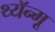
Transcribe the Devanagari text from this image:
थ्यॅन्मू